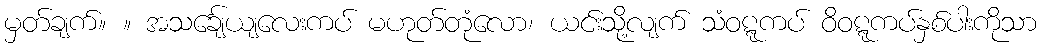
မှတ်ချက်။ ။ အသင်္ချေယျလေးကပ် မဟုတ်တုံလော၊ ယင်းသို့လျက် သံဝဋ္ဋကပ် ဝိဝဋ္ဋကပ်နှစ်ပါးကိုသာ